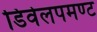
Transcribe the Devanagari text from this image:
डिवेलपमण्ट